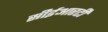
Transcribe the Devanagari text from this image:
सीईआरटी